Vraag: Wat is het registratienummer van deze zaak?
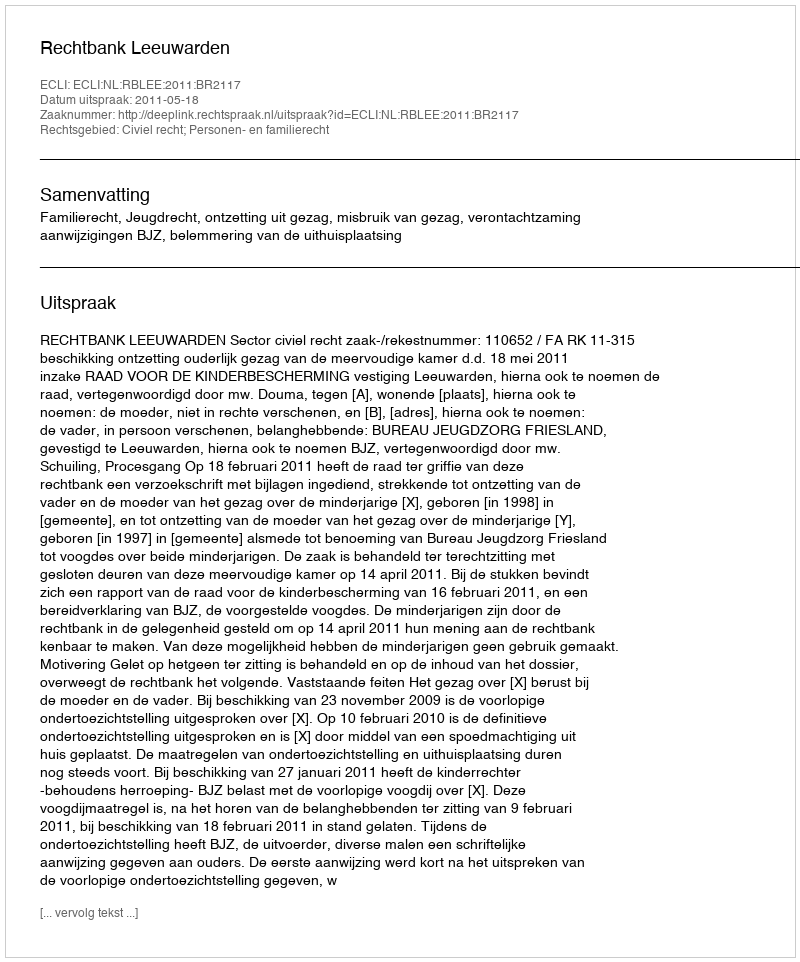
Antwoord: http://deeplink.rechtspraak.nl/uitspraak?id=ECLI:NL:RBLEE:2011:BR2117